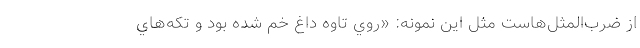
از ضرب‌المثل‌هاست مثل اين نمونه: «روي تاوه داغ خم شده بود و تكه‌هاي